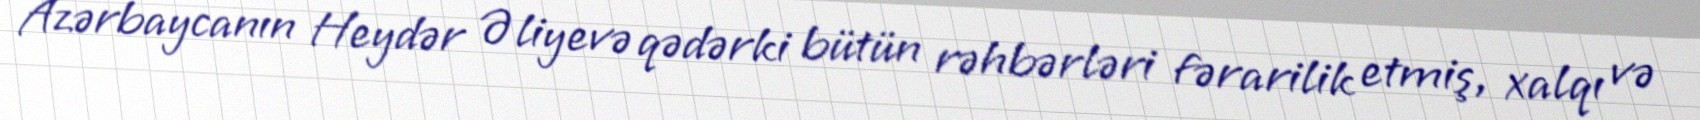
Azərbaycanın Heydər Əliyevə qədərki bütün rəhbərləri fərarilik etmiş, xalqı və